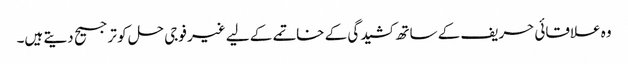
وہ علاقائی حریف کے ساتھ کشیدگی کے خاتمے کے لیے غیر فوجی حل کو ترجیح دیتے ہیں۔